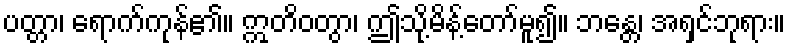
ပတ္တာ၊ ရောက်ကုန်၏။ ဣတိဝတွာ၊ ဤသို့မိန့်တော်မူ၍။ ဘန္တေ၊ အရှင်ဘုရား။